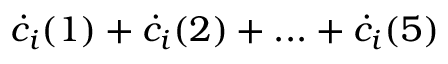
\dot { c } _ { i } ( 1 ) + \dot { c } _ { i } ( 2 ) + . . . + \dot { c } _ { i } ( 5 )